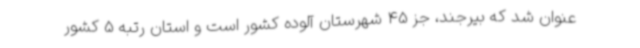
عنوان شد که بیرجند، جز 45 شهرستان آلوده کشور است و استان رتبه 5 کشور